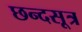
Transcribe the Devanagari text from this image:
छन्दसूत्र